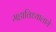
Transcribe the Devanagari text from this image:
महाविध्यालाये